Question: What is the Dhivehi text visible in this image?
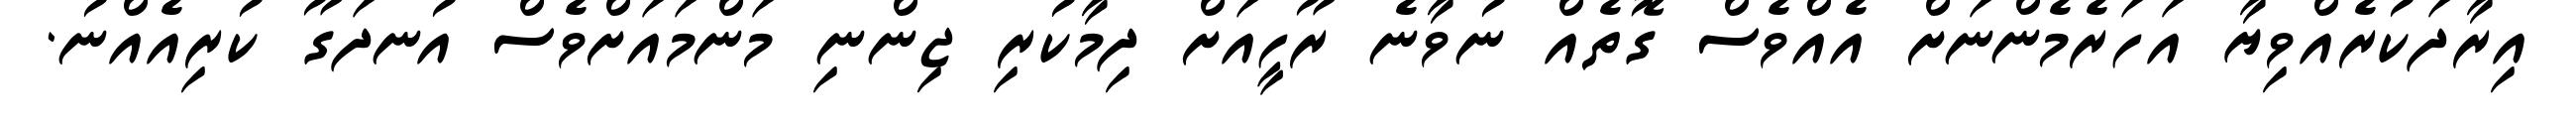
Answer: އިރާދަކުރެއްވިޔާ އަހަރެމެންނަށް އެއްވެސް ގޮތެއް ނުވާނެ ރޫހީއަށް ދިމާކުރި ޖިންނި މަންމައަށްވެސް އުނދަގޫ ކުރިއެއްނު.